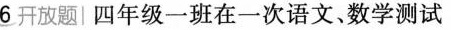
6开放题|四年级一班在一次语文、数学测试